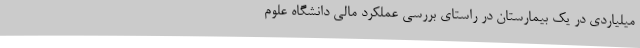
میلیاردی در یک بیمارستان‌ در راستای بررسی عملکرد مالی دانشگاه علوم